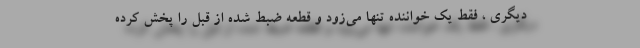
دیگری ، فقط یک خواننده تنها می‌زود و قطعه ضبط شده از قبل را پخش کرده